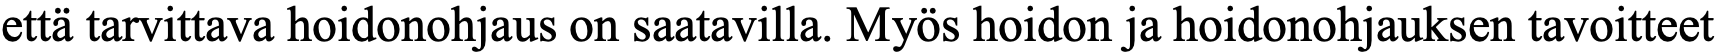
että tarvittava hoidonohjaus on saatavilla. Myös hoidon ja hoidonohjauksen tavoitteet